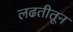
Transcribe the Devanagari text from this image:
लढतीतून